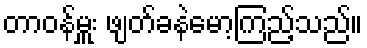
တာဝန်မှူး ဖျတ်ခနဲမော့ကြည့်သည်။